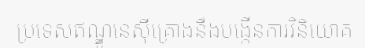
ប្រទេសឥណ្ឌូនេស៊ីគ្រោងនឹងបង្កើនការវិនិយោគ